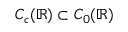
C _ { c } ( \mathbb { R } ) \subset C _ { 0 } ( \mathbb { R } )